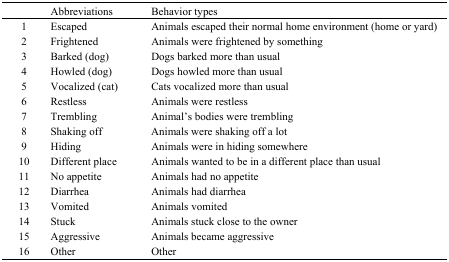
|  | Abbreviations | Behavior types |
 | --- | --- | --- |
 | 1 | Escaped | Animals escaped their normal home environment (home or yard) |
 | 2 | Frightened | Animals were frightened by something |
 | 3 | Barked (dog) | Dogs barked more than usual |
 | 4 | Howled (dog) | Dogs howled more than usual |
 | 5 | Vocalized (cat) | Cats vocalized more than usual |
 | 6 | Restless | Animals were restless |
 | 7 | Trembling | Animal’s bodies were trembling |
 | 8 | Shaking off | Animals were shaking off a lot |
 | 9 | Hiding | Animals were in hiding somewhere |
 | 10 | Different place | Animals wanted to be in a different place than usual |
 | 11 | No appetite | Animals had no appetite |
 | 12 | Diarrhea | Animals had diarrhea |
 | 13 | Vomited | Animals vomited |
 | 14 | Stuck | Animals stuck close to the owner |
 | 15 | Aggressive | Animals became aggressive |
 | 16 | Other | Other |